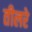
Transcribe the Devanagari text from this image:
तीलरे